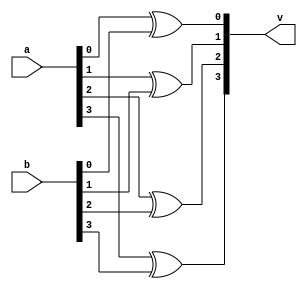
module xor_opration(v,a,b);
input  [3:0]a;
input  [3:0]b;
output [3:0]v;
xor(v[0],a[0],b[0]);
xor(v[1],a[1],b[1]);
xor(v[2],a[2],b[2]);
xor(v[3],a[3],b[3]);
endmodule